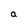
Character: a